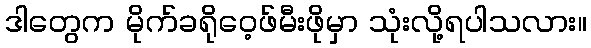
ဒါတွေက မိုက်ခရိုဝေ့ဖ်မီးဖိုမှာ သုံးလို့ရပါသလား။